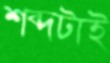
শব্দটাই